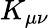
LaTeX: K_{\mu\nu}